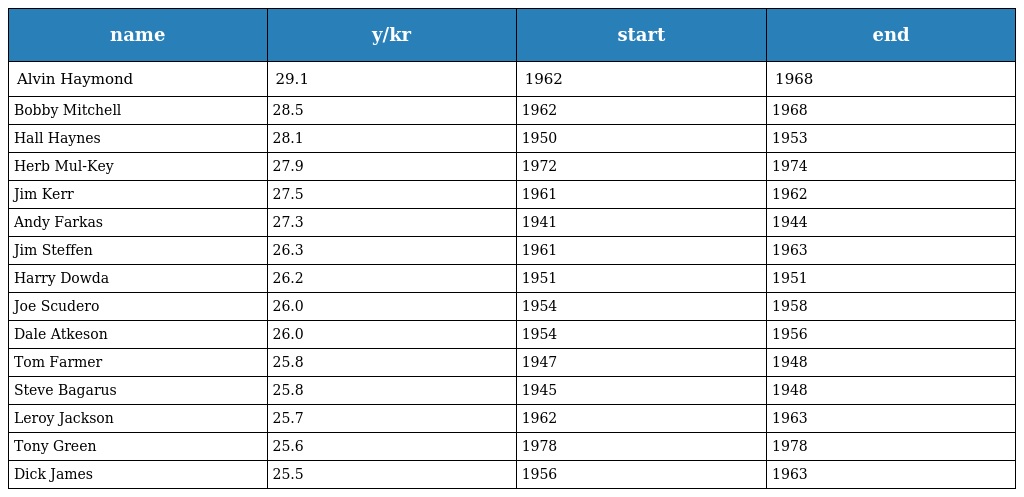
| name | y/kr | start | end |
 | --- | --- | --- | --- |
 | Alvin Haymond | 29.1 | 1962 | 1968 |
 | Bobby Mitchell | 28.5 | 1962 | 1968 |
 | Hall Haynes | 28.1 | 1950 | 1953 |
 | Herb Mul-Key | 27.9 | 1972 | 1974 |
 | Jim Kerr | 27.5 | 1961 | 1962 |
 | Andy Farkas | 27.3 | 1941 | 1944 |
 | Jim Steffen | 26.3 | 1961 | 1963 |
 | Harry Dowda | 26.2 | 1951 | 1951 |
 | Joe Scudero | 26.0 | 1954 | 1958 |
 | Dale Atkeson | 26.0 | 1954 | 1956 |
 | Tom Farmer | 25.8 | 1947 | 1948 |
 | Steve Bagarus | 25.8 | 1945 | 1948 |
 | Leroy Jackson | 25.7 | 1962 | 1963 |
 | Tony Green | 25.6 | 1978 | 1978 |
 | Dick James | 25.5 | 1956 | 1963 |